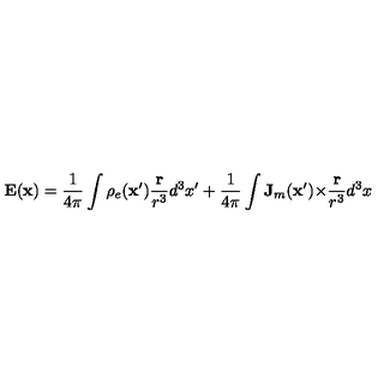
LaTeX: \mathbf { E } ( \mathbf { x } ) = \frac { 1 } { 4 \pi } \int \rho _ { e } ( \mathbf { x } ^ { \prime } ) \frac { \mathbf { r } } { r ^ { 3 } } d ^ { 3 } x ^ { \prime } + \frac { 1 } { 4 \pi } \int \mathbf { J } _ { m } ( \mathbf { x } ^ { \prime } ) { \bf \times } \frac { \mathbf { r } } { r ^ { 3 } } d ^ { 3 } x